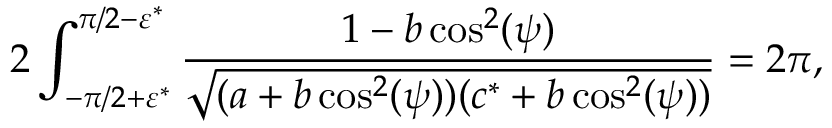
2 \int _ { - \pi / 2 + \varepsilon ^ { * } } ^ { \pi / 2 - \varepsilon ^ { * } } \frac { 1 - b \cos ^ { 2 } ( \psi ) } { \sqrt { ( a + b \cos ^ { 2 } ( \psi ) ) ( c ^ { * } + b \cos ^ { 2 } ( \psi ) ) } } = 2 \pi ,